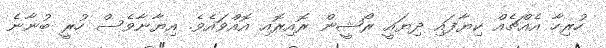
ހުރިހާ އެއްޗެއް ކިޔާފައި ދިޔައީ ރޯޝީން ރޮއިރޮއި އޮއްވައެވެ. އިޔާނާވެސް ހުރީ ބުނާނެ